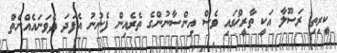
ކީރިތި ރަސޫލާ އަކީ ތާރީޚްގައި ވެސް އިންސާނުންގެ ތެރެއިން ފެނުނު އެފަދަ ދެވަނައެއްނެތް